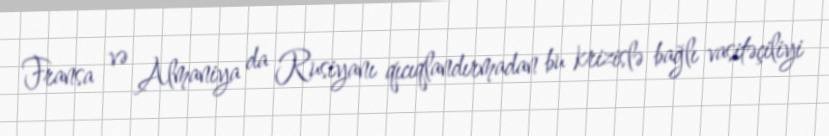
Fransa və Almaniya da Rusiyanı qıcıqlandırmadan bu krizislə bağlı vasitəçiliyi